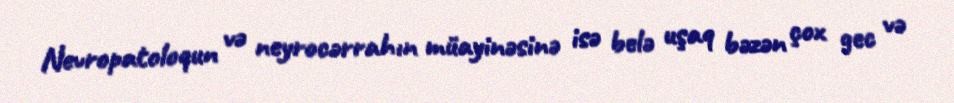
Nevropatoloqun və neyrocərrahın müayinəsinə isə belə uşaq bəzən çox gec və